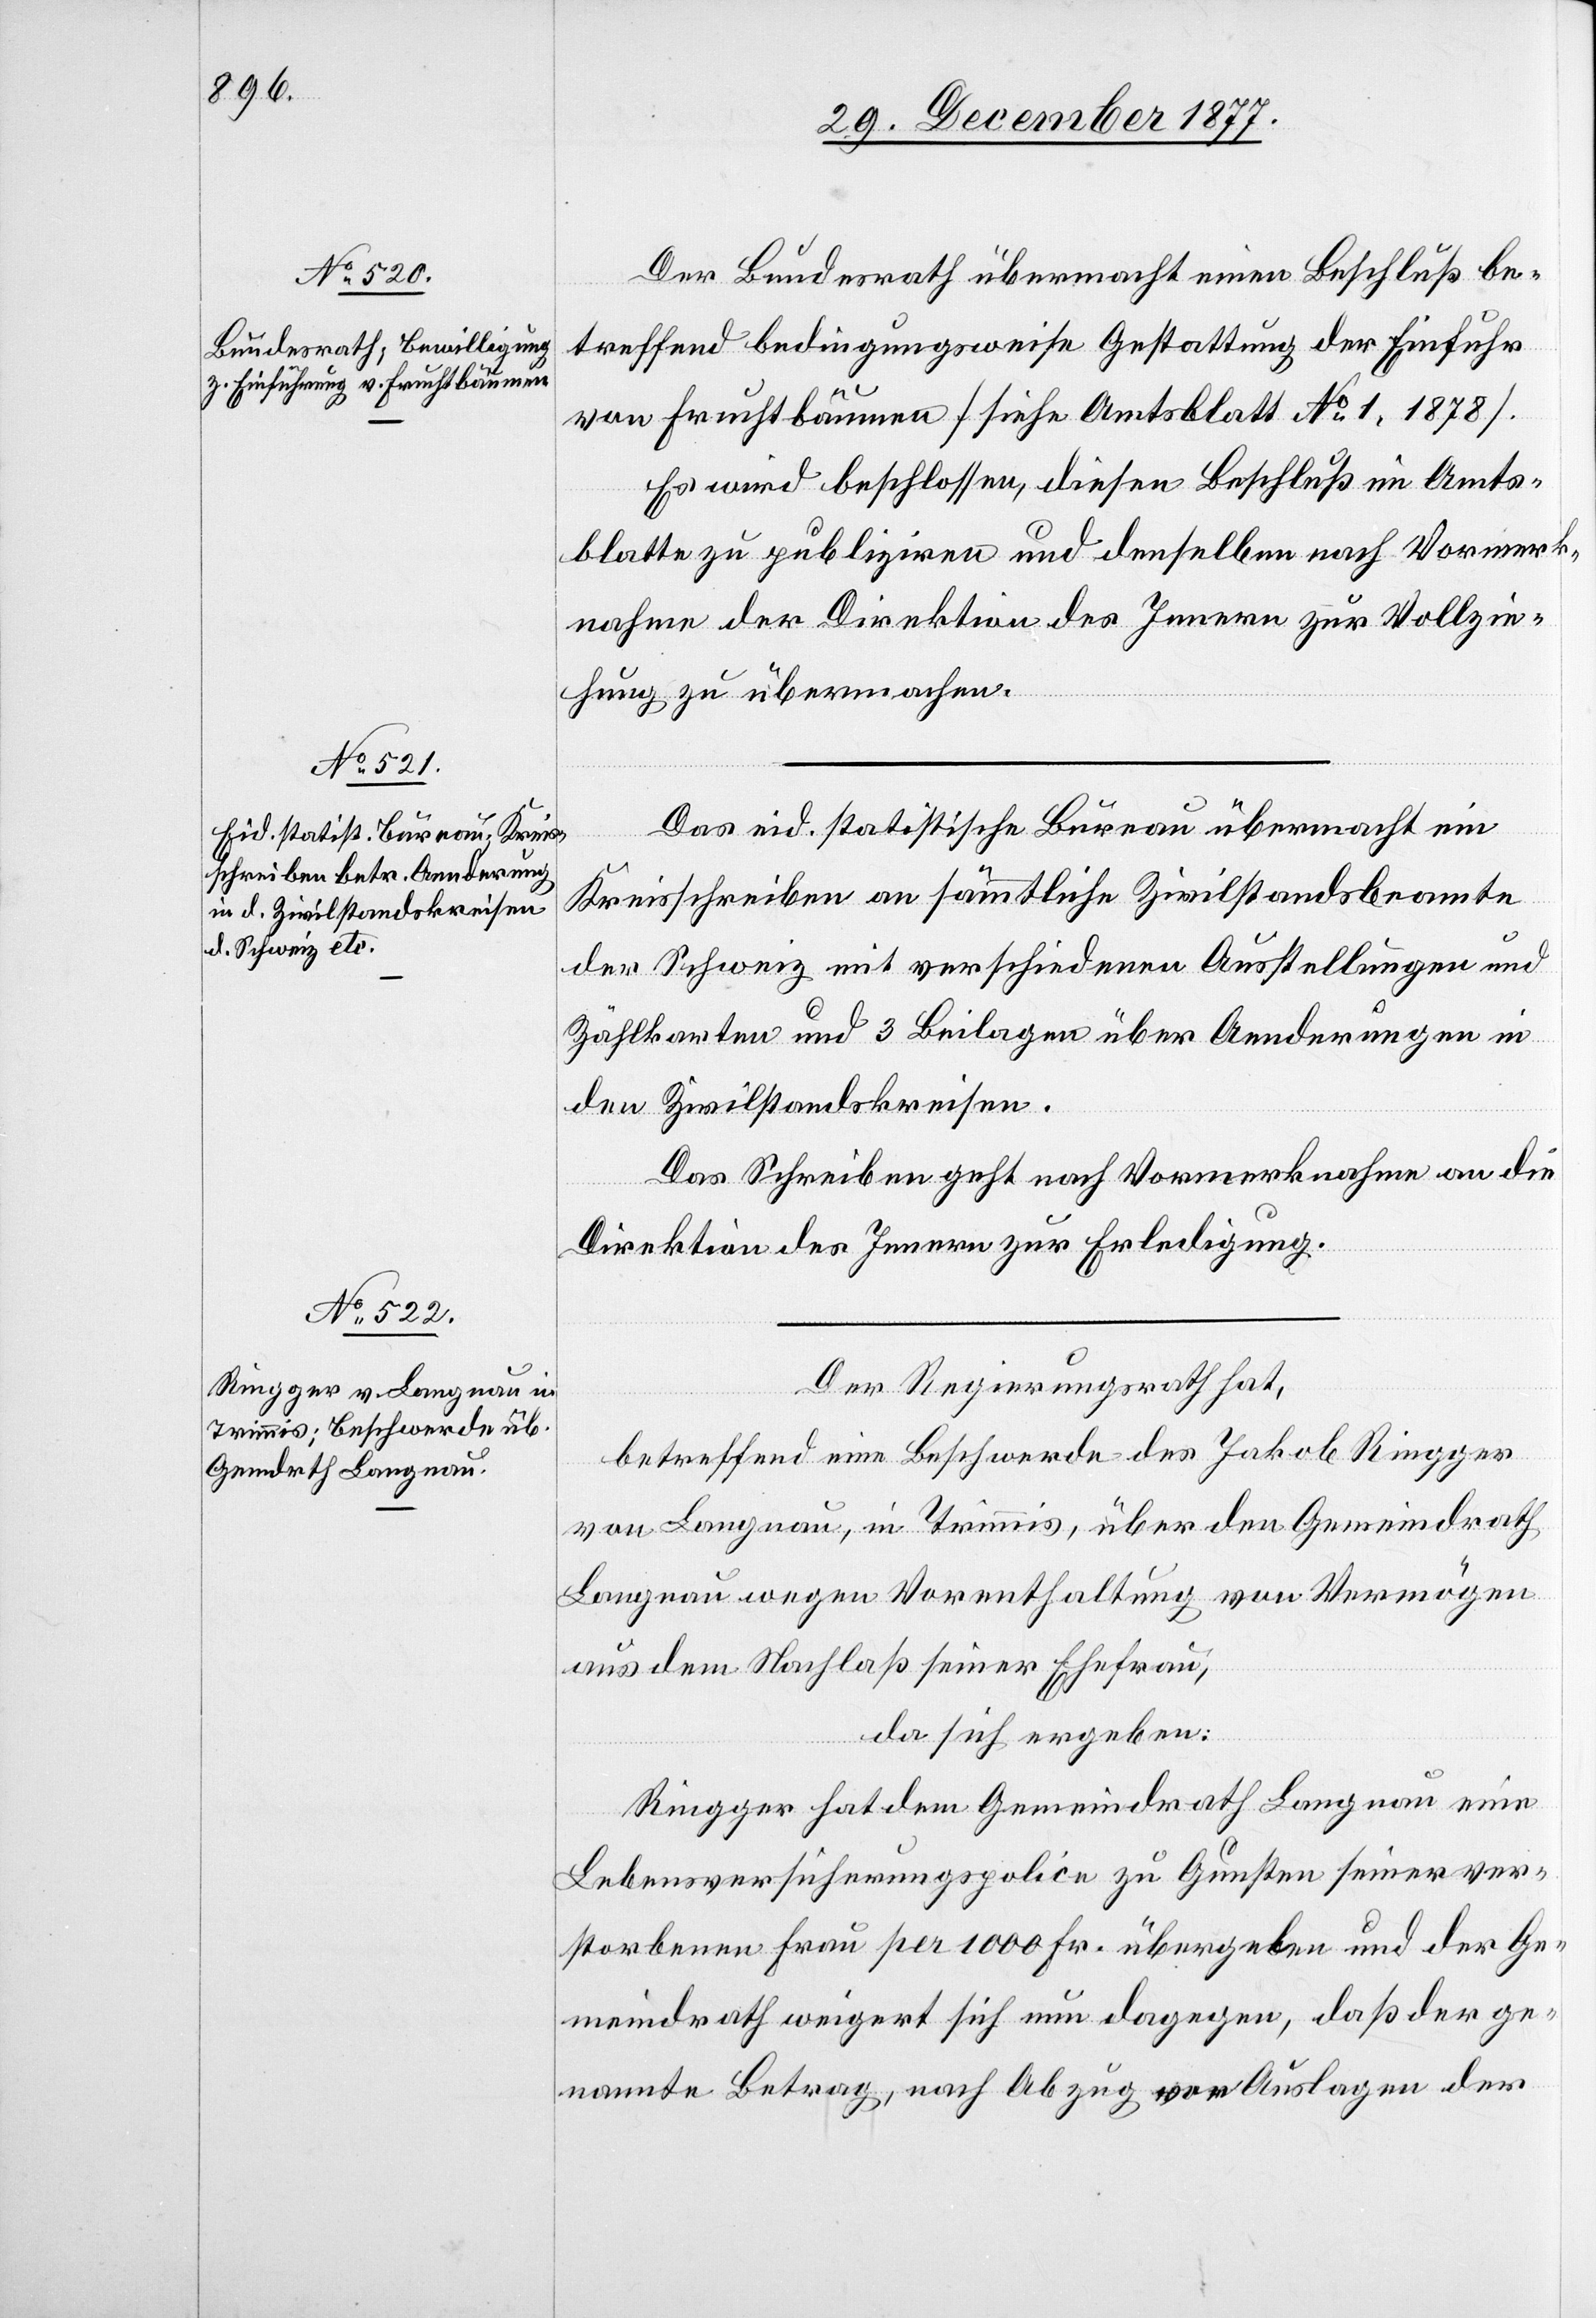
Der Bundesrath übermacht einen Beschluß be¬
treffend bedingungsweise Gestattung der Einfuhr
von Fruchtbäumen [siehe Amtsblatt No 1, 1878].
Es wird beschlossen, diesen Beschluß im Amts¬
blatte zu publiziren und denselben nach Vormerk¬
nahme der Direktion des Innern zur Vollzie¬
hung zu übermachen.
Das eid. statistische Bureau übermacht ein
Kreisschreiben an sämmtliche Zivilstandsbeamte
der Schweiz mit verschiedenen Ausstellungen und
Zählkarten und 3 Beilagen über Aenderungen in
den Zivilstandskreisen.
Das Schreiben geht nach Vormerknahme an die
Direktion des Innern zur Erledigung.
Der Regierungsrath hat,
betreffend eine Beschwerde des Jakob Ringger
von Langnau, in Trimmis, über den Gemeindrath
Langnau wegen Vorenthaltung von Vermögen
aus dem Nachlaß seiner Ehefrau,
da sich ergeben:
Ringger hat dem Gemeindrath Langnau eine
Lebensversicherungspolice zu Gunsten seiner ver¬
storbenen Frau per 1000 Fr. übergeben und der Ge¬
meindrath weigert sich nun dagegen, daß der ge¬
nannte Betrag, nach Abzug von Auslagen der